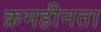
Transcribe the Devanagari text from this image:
क्रमहीनता